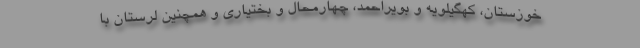
خوزستان، کهگیلویه و بویراحمد، چهارمحال و بختیاری و همچنین لرستان با